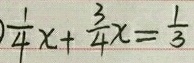
\frac { 1 } { 4 } x + \frac { 3 } { 4 } x = \frac { 1 } { 3 }